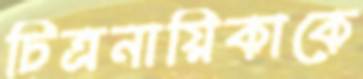
চিত্রনায়িকাকে